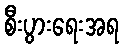
စီးပွားရေးအရ